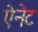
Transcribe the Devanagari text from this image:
ऐनेट